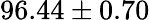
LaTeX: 96.44\pm 0.70